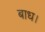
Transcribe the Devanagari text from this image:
बाध।